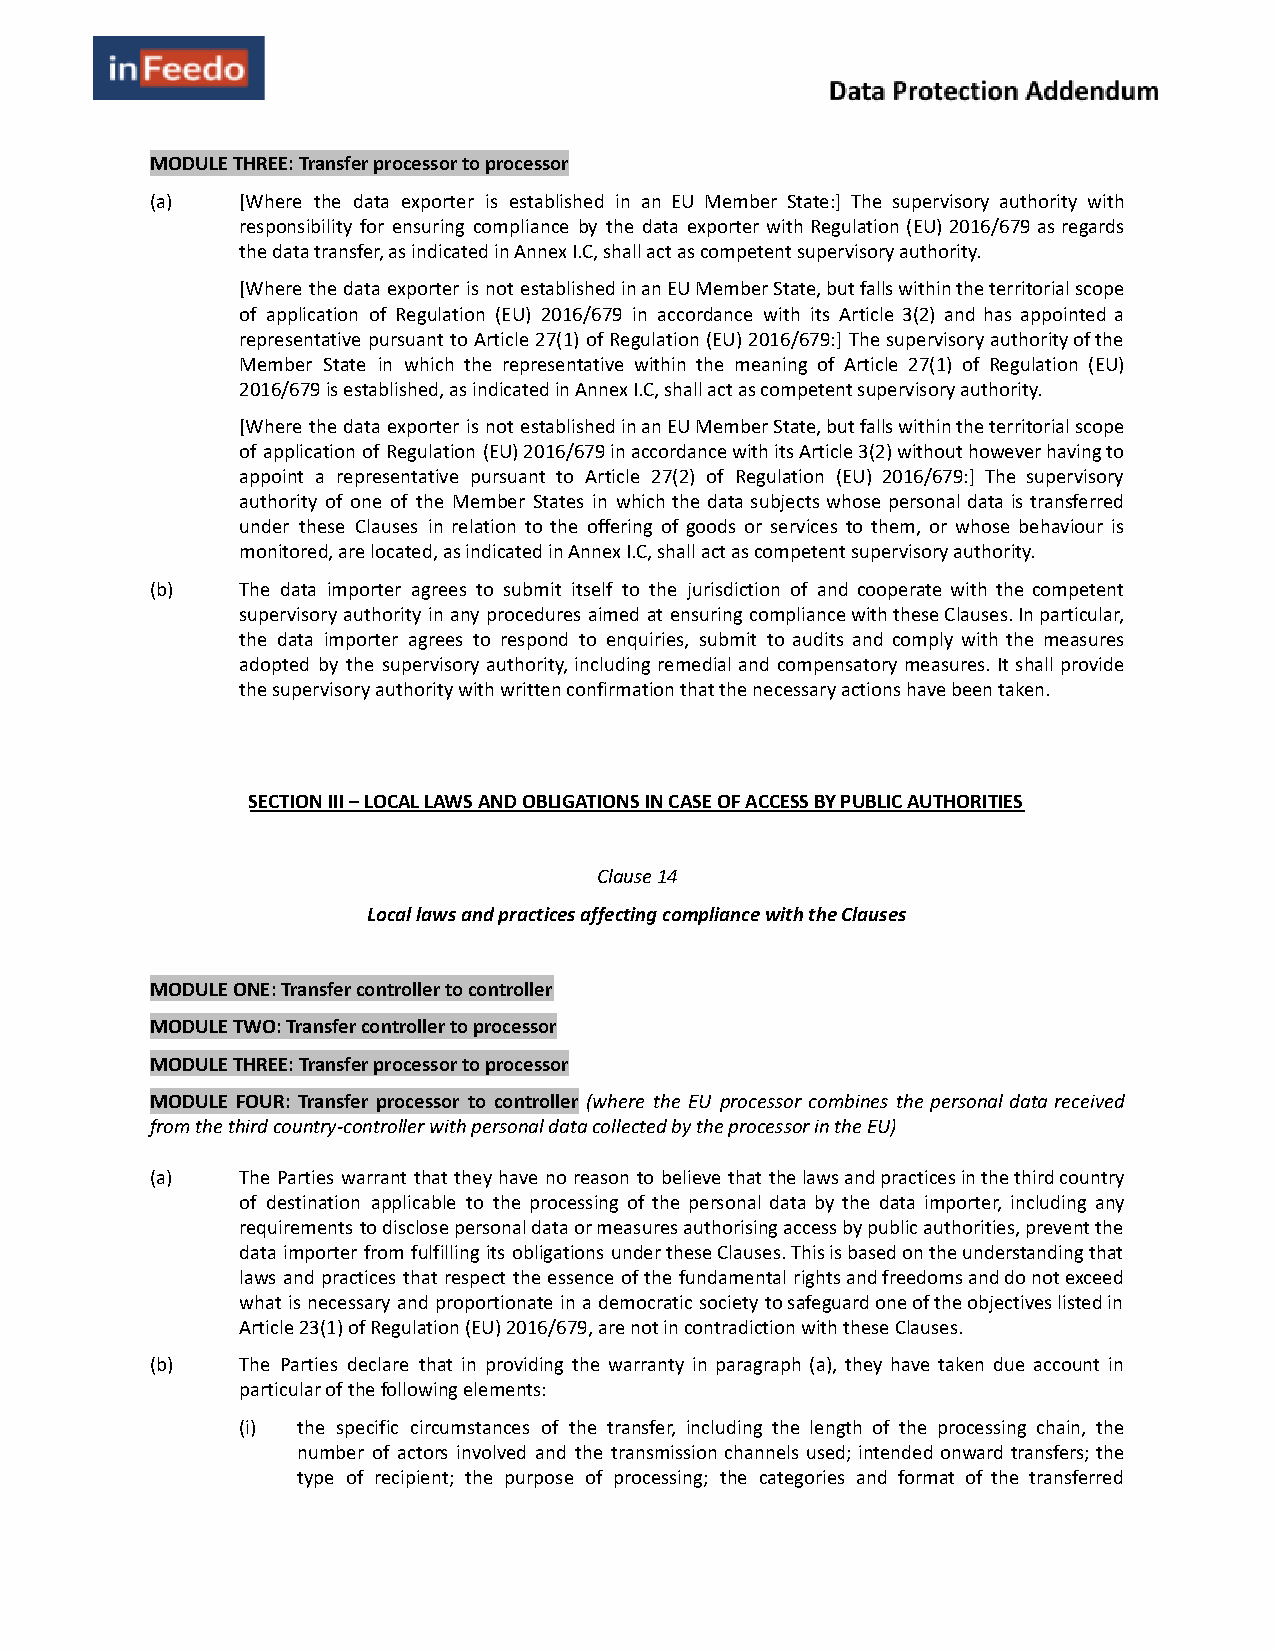
MODULE THREE: Transfer processor to processor
 (a)   [Where the data exporter is established in an EU Member State:] The supervisory authority with
 responsibility for ensuring compliance by the data exporter with Regulation (EU) 2016/679 as regards
 the data transfer, as indicated in Annex I.C, shall act as competent supervisory authority.
 [Where the data exporter is not established in an EU Member State, but falls within the territorial scope
 of application of Regulation (EU) 2016/679 in accordance with its Article 3(2) and has appointed a
 representative pursuant to Article 27(1) of Regulation (EU) 2016/679:] The supervisory authority of the
 Member State in which the representative within the meaning of Article 27(1) of Regulation (EU)
 2016/679 is established, as indicated in Annex I.C, shall act as competent supervisory authority.
 [Where the data exporter is not established in an EU Member State, but falls within the territorial scope
 of application of Regulation (EU) 2016/679 in accordance with its Article 3(2) without however having to
 appoint a representative pursuant to Article 27(2) of Regulation (EU) 2016/679:] The supervisory
 authority of one of the Member States in which the data subjects whose personal data is transferred
 under these Clauses in relation to the offering of goods or services to them, or whose behaviour is
 monitored, are located, as indicated in Annex I.C, shall act as competent supervisory authority.
 (b)   The data importer agrees to submit itself to the jurisdiction of and cooperate with the competent
 supervisory authority in any procedures aimed at ensuring compliance with these Clauses. In particular,
 the data importer agrees to respond to enquiries, submit to audits and comply with the measures
 adopted by the supervisory authority, including remedial and compensatory measures. It shall provide
 the supervisory authority with written confirmation that the necessary actions have been taken.
 SECTION III – LOCAL LAWS AND OBLIGATIONS IN CASE OF ACCESS BY PUBLIC AUTHORITIES
 Clause 14
 Local laws and practices affecting compliance with the Clauses
 MODULE ONE: Transfer controller to controller
 MODULE TWO: Transfer controller to processor
 MODULE THREE: Transfer processor to processor
 MODULE FOUR: Transfer processor to controller (where the EU processor combines the personal data received
 from the third country-controller with personal data collected by the processor in the EU)
 (a)   The Parties warrant that they have no reason to believe that the laws and practices in the third country
 of destination applicable to the processing of the personal data by the data importer, including any
 requirements to disclose personal data or measures authorising access by public authorities, prevent the
 data importer from fulfilling its obligations under these Clauses. This is based on the understanding that
 laws and practices that respect the essence of the fundamental rights and freedoms and do not exceed
 what is necessary and proportionate in a democratic society to safeguard one of the objectives listed in
 Article 23(1) of Regulation (EU) 2016/679, are not in contradiction with these Clauses.
 (b)   The Parties declare that in providing the warranty in paragraph (a), they have taken due account in
 particular of the following elements:
 (i) the specific circumstances of the transfer, including the length of the processing chain, the
 number of actors involved and the transmission channels used; intended onward transfers; the
 type of recipient; the purpose of processing; the categories and format of the transferred